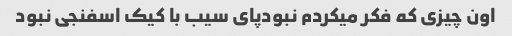
اون چیزی که فکر میکردم نبودپای سیب با کیک اسفنجی نبود